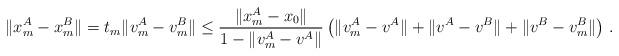
LaTeX: \begin{align*}\|x_m^A-x_m^B\| = t_m \|v_m^A-v_m^B\| \le \frac{\|x_m^A-x_0\|}{1 - \|v_m^A-v^A\|} \left( \|v_m^A-v^A\|+ \|v^A-v^B\| + \|v^B-v_m^B\|\right) \, .\end{align*}